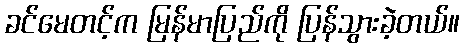
ခင်မေတင့်က မြန်မာပြည်ကို ပြန်သွားခဲ့တယ်။